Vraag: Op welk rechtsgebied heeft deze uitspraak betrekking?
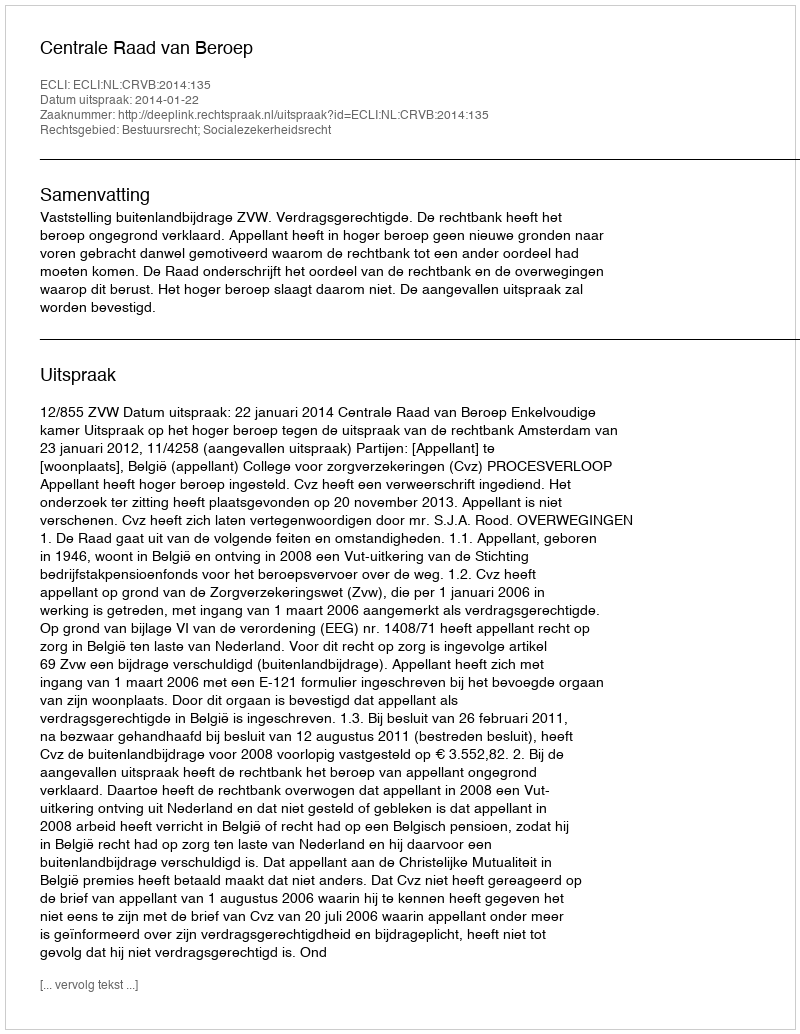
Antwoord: Bestuursrecht; Socialezekerheidsrecht